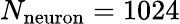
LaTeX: N_{\mathrm{neuron}}=1024